NAE_ERA_R-30_Eesti_Riiklik_Spordiamet, lk 121
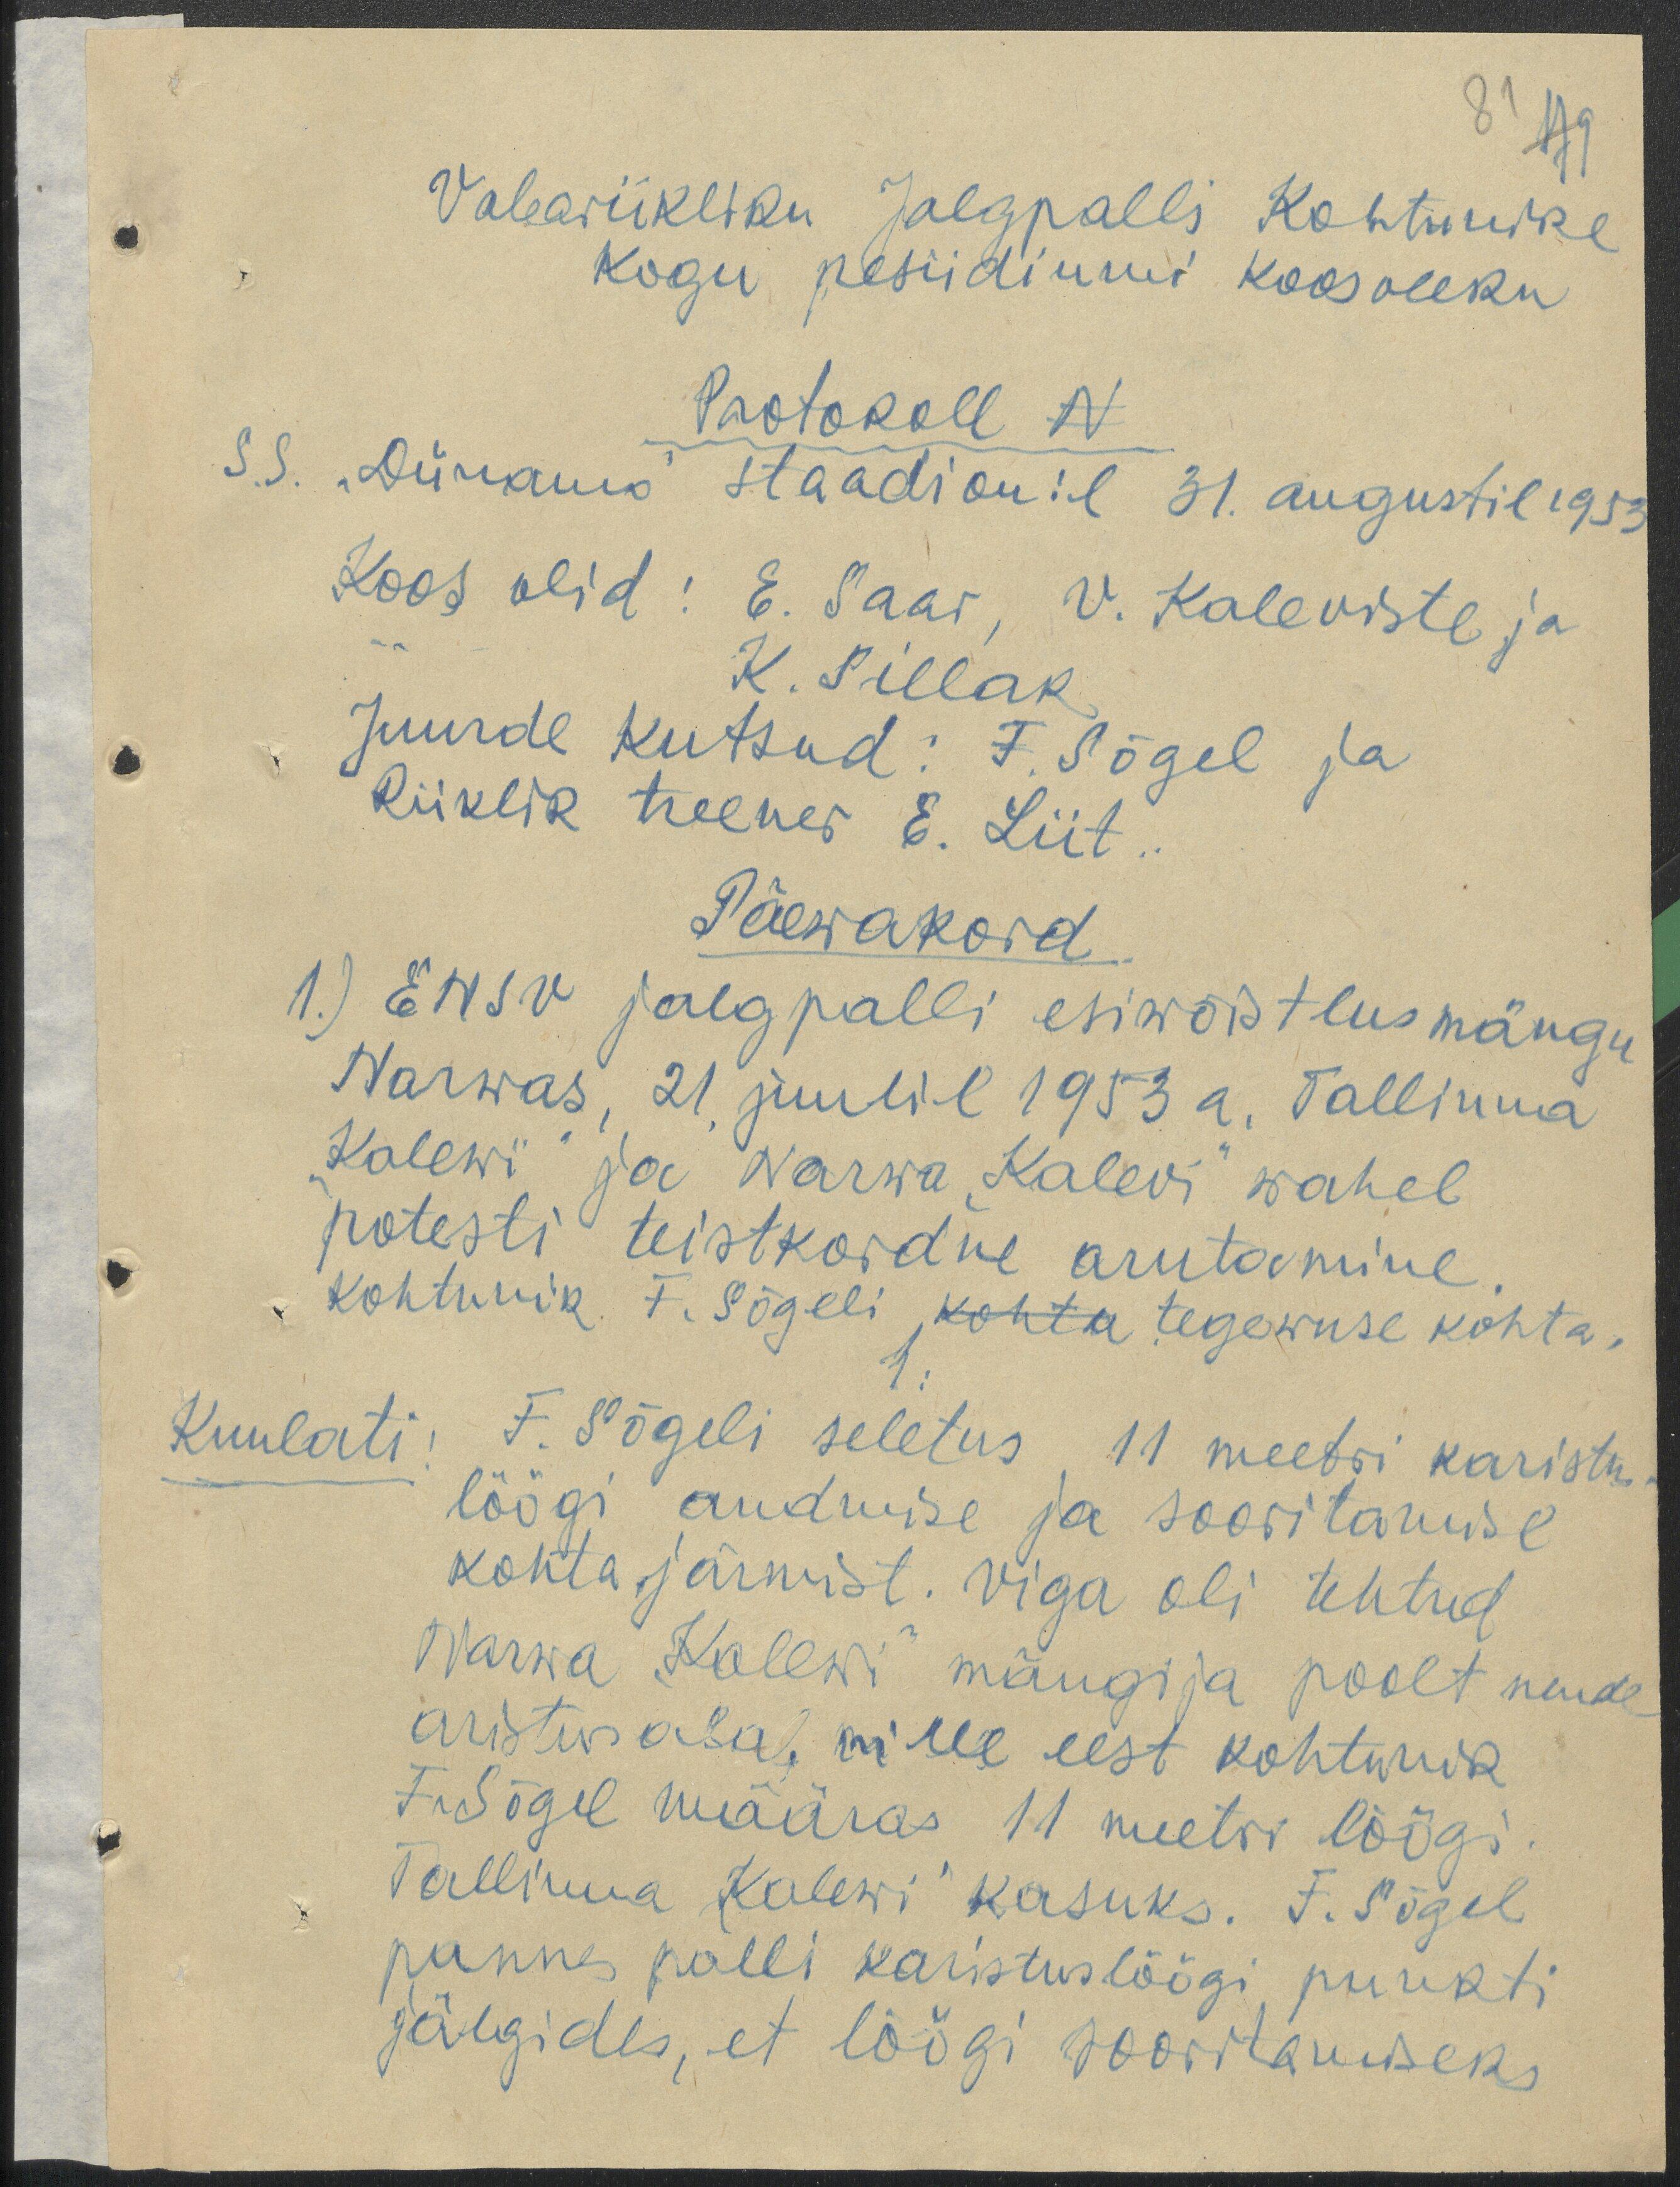
81
179
Vabariikliku Jalgpalli Kohtunike
Kogu pesiidiumi koosoleku
Protokoll N
S.S. "Dünamo" staadionil 31. augustil 1953
Koos olid: E. Saar, V. Kaleviste ja
K. Sillak
Juurde kutsud: F. Sõgel ja
Riiklik treener E. Liit.
Päewakord
1.) ENSV jalgpalli esiwõistlusmängu
Narwas, 21. juulil 1953 a. Tallinna
"Kalewi" ja Narwa "Kalevi" wahel
potesti teistkordne arutamine.
kohtunik F. Sõgeli kohta tegewuse kohta.
Kuulati: F. Sõgeli seletus 11 meetri karistus-
löögi andmise ja sooritamise
kohta järmist. Viga oli tehtud
Narwa "Kalewi" mängija poolt nende
aristus alal, mille eest kohtunik
F. Sõgel määras 11 meetri löögi.
Tallinna Kalewi kasuks. F. Sõgel
pannes palli karistuslöögi punkti
jälgides, et löögi sooritamiseks